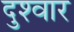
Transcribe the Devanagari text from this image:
दुश्‍वार